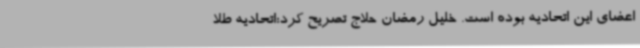
اعضای این اتحادیه بوده است. خلیل رمضان حلاج تصریح کرد:اتحادیه طلا